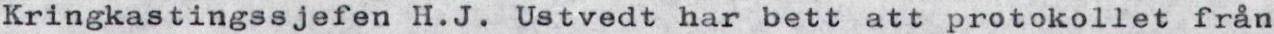
Kringkastingssjefen H.J. Ustvedt har bett att protokollet från